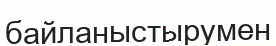
байланыстырумен